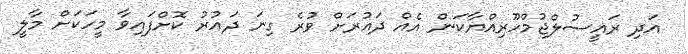
އަދި ރައީސުލްޖުމްހޫރިއްޔާކަން އެއް ދައުރަށް ވުރެ ގިނަ ދައުރު ކޮށްފައިވާ މީހަކަށް މާލީ